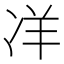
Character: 𭂎